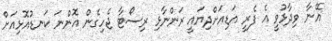
އޭނާ ވިދާޅުވީ އެ ފެރީ އަޑިއަށްދިޔައީ ރަންނާޅި ރިސޯޓާ ޖެހިގެން އޮންނަ ކަނޑުއޮޅިއަށް